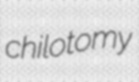
chilotomy